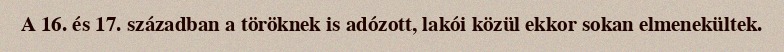
A 16. és 17. században a töröknek is adózott, lakói közül ekkor sokan elmenekültek.